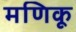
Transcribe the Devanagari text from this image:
मणिकू